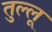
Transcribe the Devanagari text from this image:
तुल्लू